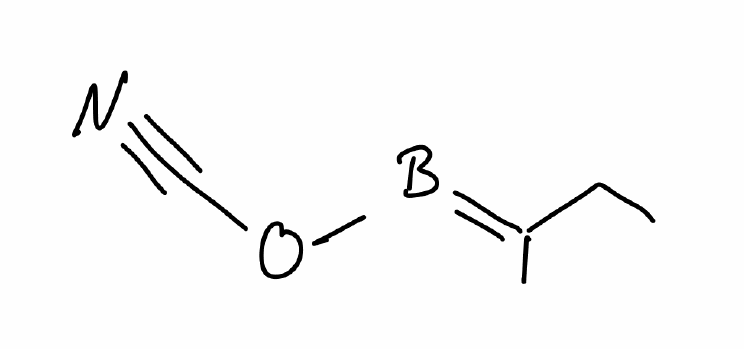
Simplified molecular-input line-entry system (SMILES) notation of the given molecule:
B(=C(C)CC)OC#N